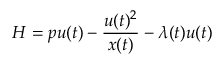
H = p u ( t ) - { \frac { u ( t ) ^ { 2 } } { x ( t ) } } - \lambda ( t ) u ( t )